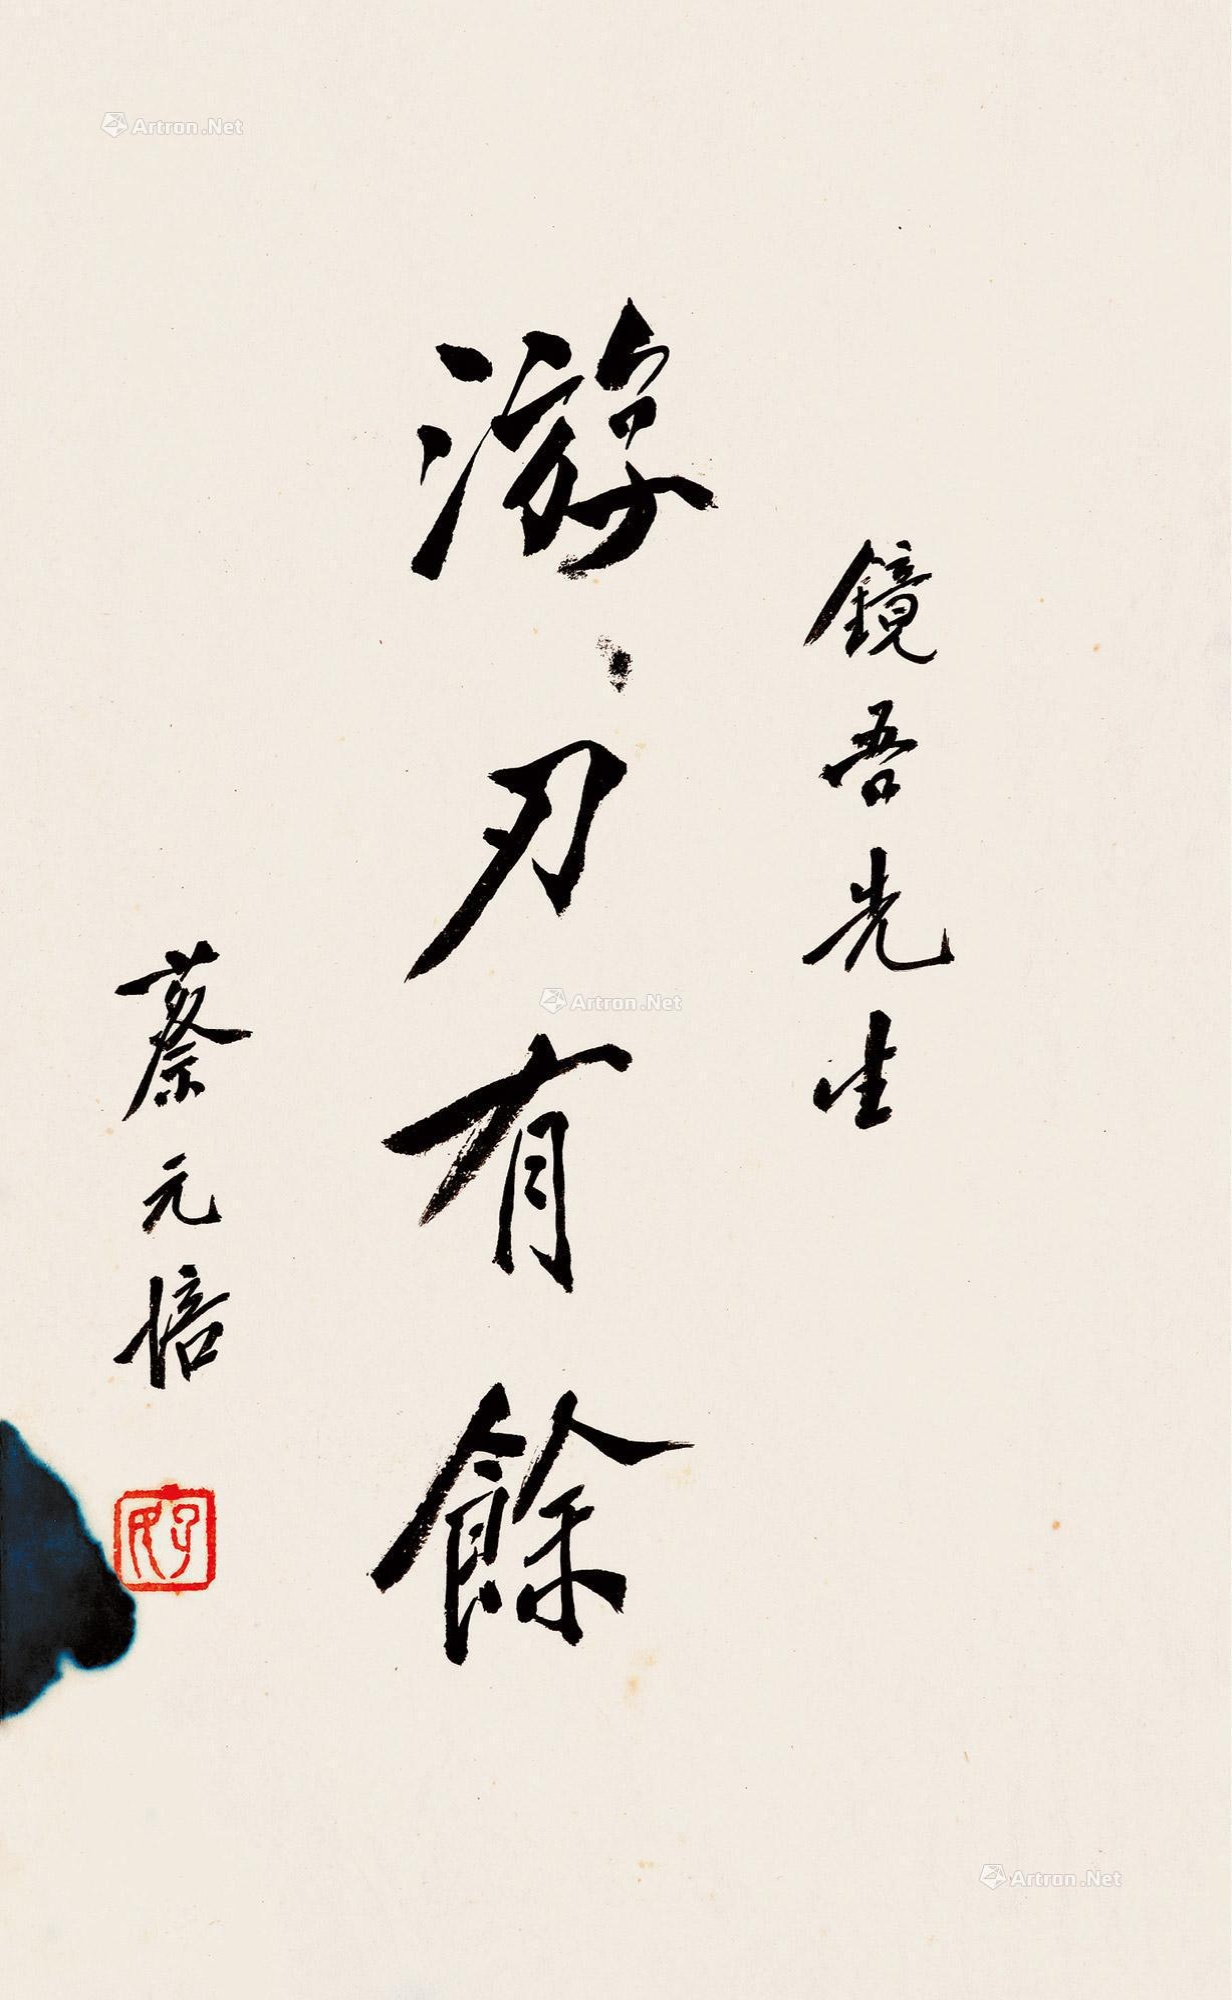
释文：游刃有馀。镜吾先生，蔡元培。